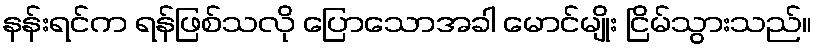
နန်းရင်က ရန်ဖြစ်သလို ပြောသောအခါ မောင်မျိုး ငြိမ်သွားသည်။